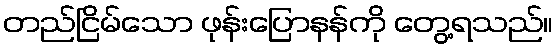
တည်ငြိမ်သော ဖုန်းပြောနန်ကို တွေ့ရသည်။